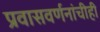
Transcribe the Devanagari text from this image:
प्रवासवर्णनांचीही